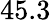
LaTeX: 45.3